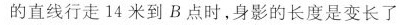
的直线行走14米到B点时，身影的长度是变长了